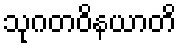
သုဂတဝိနယာတိ